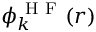
\phi _ { k } ^ { \mathrm { ~ H ~ F ~ } } ( { \boldsymbol { r } } )